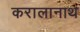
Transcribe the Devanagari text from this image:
करालानाथ